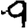
Digit: 9